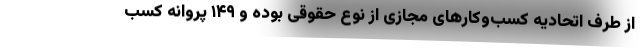
از طرف اتحادیه کسب‌وکارهای مجازی از نوع حقوقی بوده و ۱۴۹ پروانه‌ کسب